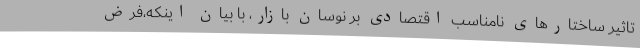
تاثیر ساختارهای نامناسب اقتصادی بر نوسان بازار، با بیان اینکه،فرض